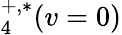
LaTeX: _4^{+,*}(v=0)